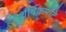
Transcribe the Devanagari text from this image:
शीर्षकमोटे